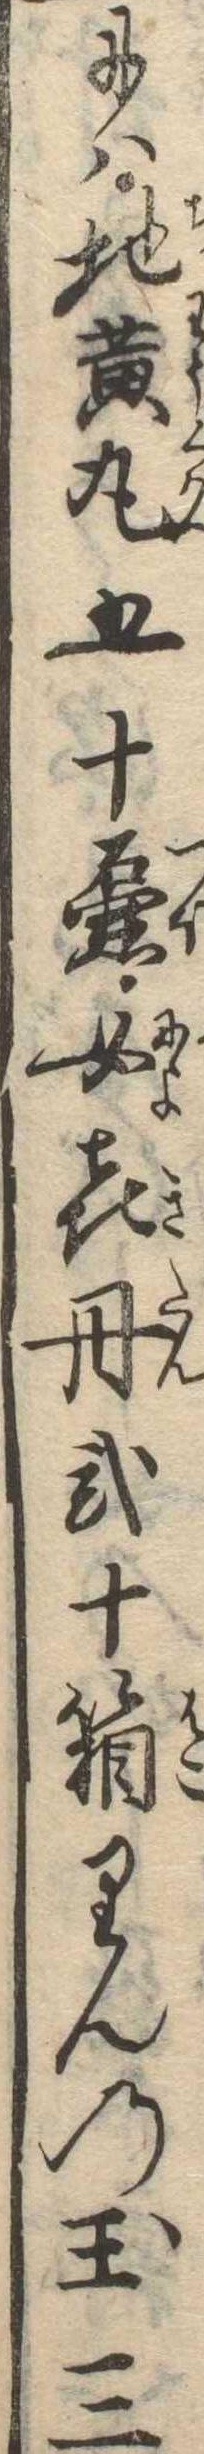
には地黄丸五十壷女喜丹弐十箱りんの玉三